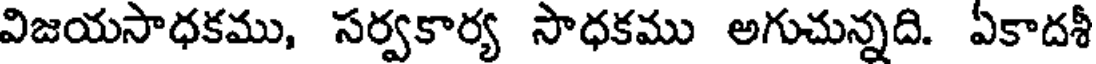
విజయసాధకము, సర్వకార్య సాధకము అగుచున్నది. ఏకాదశీ